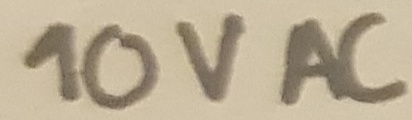
Text: 10V AC